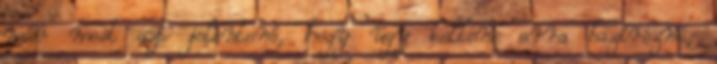
már most azt jelentené, hogy úgy kellene arra bazírozni,